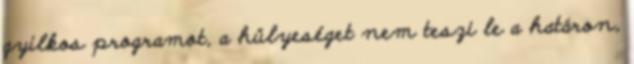
gyilkos programot, a hülyeséget nem teszi le a határon,